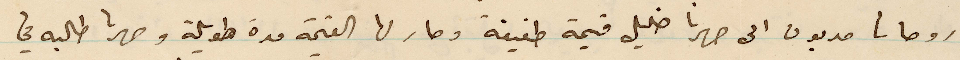
مديون الى صهرنا خليل قيمة طفيفة وصار لها القيمة مدة طويلة وصهرنا طالبه في